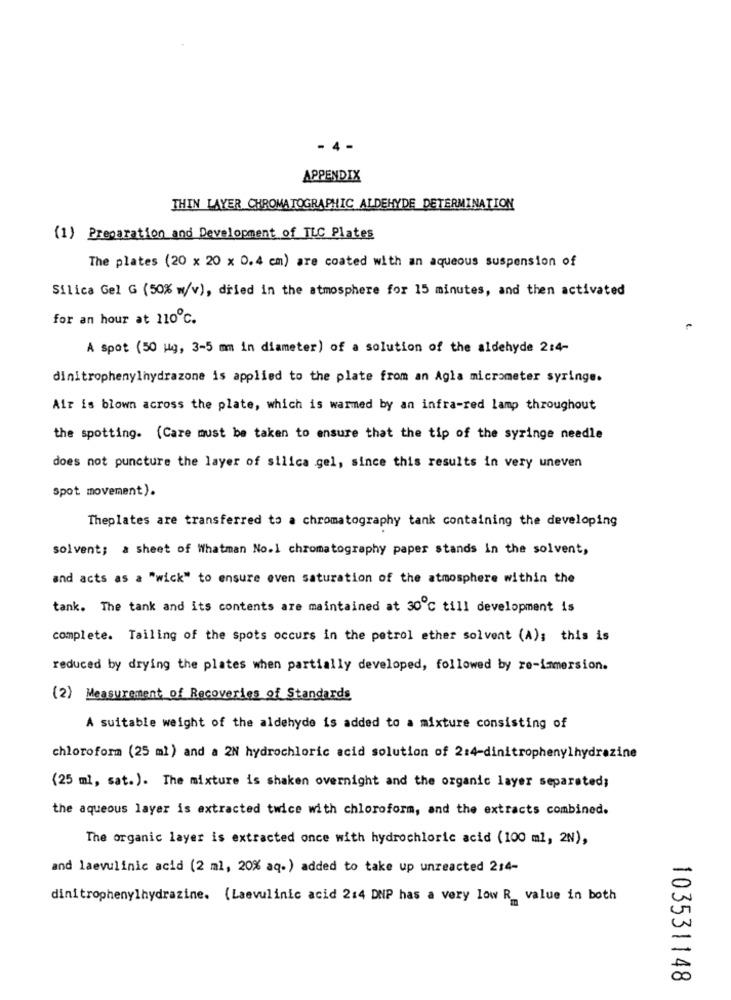
- 4 -
APPENDIX
THIN LAYER CHROMATOGRAPHIC ALDEHYDE DETERMINATION
(1) Preparation and Development of TLC Plates
The plates (20 x 20 x 0.4 cm) are coated with an aqueous suspension of
Silica Gel G (50% w/v), dried in the atmosphere for 15 minutes, and then activated
for an hour at 110℃.
A Spot (50 ug, 3-5 mm in diameter) of a solution of the aldehyde 2:4-
dinitrophenylhydrazone is applied to the plate from an Agla micrometer syringe.
Air is blown across the plate, which is warmed by an infra-red lamp throughout
the spotting. (Care must be taken to ensure that the tip of the syringe needle
does not puncture the layer of silica gel, since this results in very uneven
spot movement).
Theplates are transferred to a chromatography tank containing the developing
solvent; a sheet of Whatman No.1 chromatography paper stands in the solvent,
and acts as a "wick" to ensure even saturation of the atmosphere within the
tank. The tank and its contents are maintained at 30℃ till development is
complete. Tailing of the spots occurs in the petrol ether solvent (A); this is
reduced by drying the plates when partially developed, followed by re-immersion.
(2) Measurement of Recoveries of Standards
A suitable weight of the aldehyde is added to a mixture consisting of
chloroform (25 ml) and a 2N hydrochloric acid solution of 2:4-dinitrophenylhydrazine
(25 ml, sat.). The mixture is shaken overnight and the organic layer separated;
the aqueous layer is extracted twice with chloroform, and the extracts combined.
The organic layer is extracted once with hydrochloric acid (100 ml, 2N),
and laevulinic acid (2 ml, 20% aq.) added to take up unreacted 214-
dinitrophenylhydrazine. (Laevulinic acid 2:4 DNP has a very low R value in both
103531148